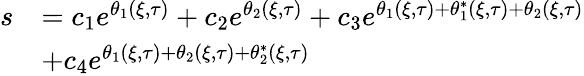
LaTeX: \begin{array}{rl}{s}&{=c_{1}e^{\theta_{1}(\xi,\tau)}+c_{2}e^{\theta_{2}(\xi,\tau)}+c_{3}e^{\theta_{1}(\xi,\tau)+\theta_{1}^{*}(\xi,\tau)+\theta_{2}(\xi,\tau)}}\\ &{+c_{4}e^{\theta_{1}(\xi,\tau)+\theta_{2}(\xi,\tau)+\theta_{2}^{*}(\xi,\tau)}}\end{array}